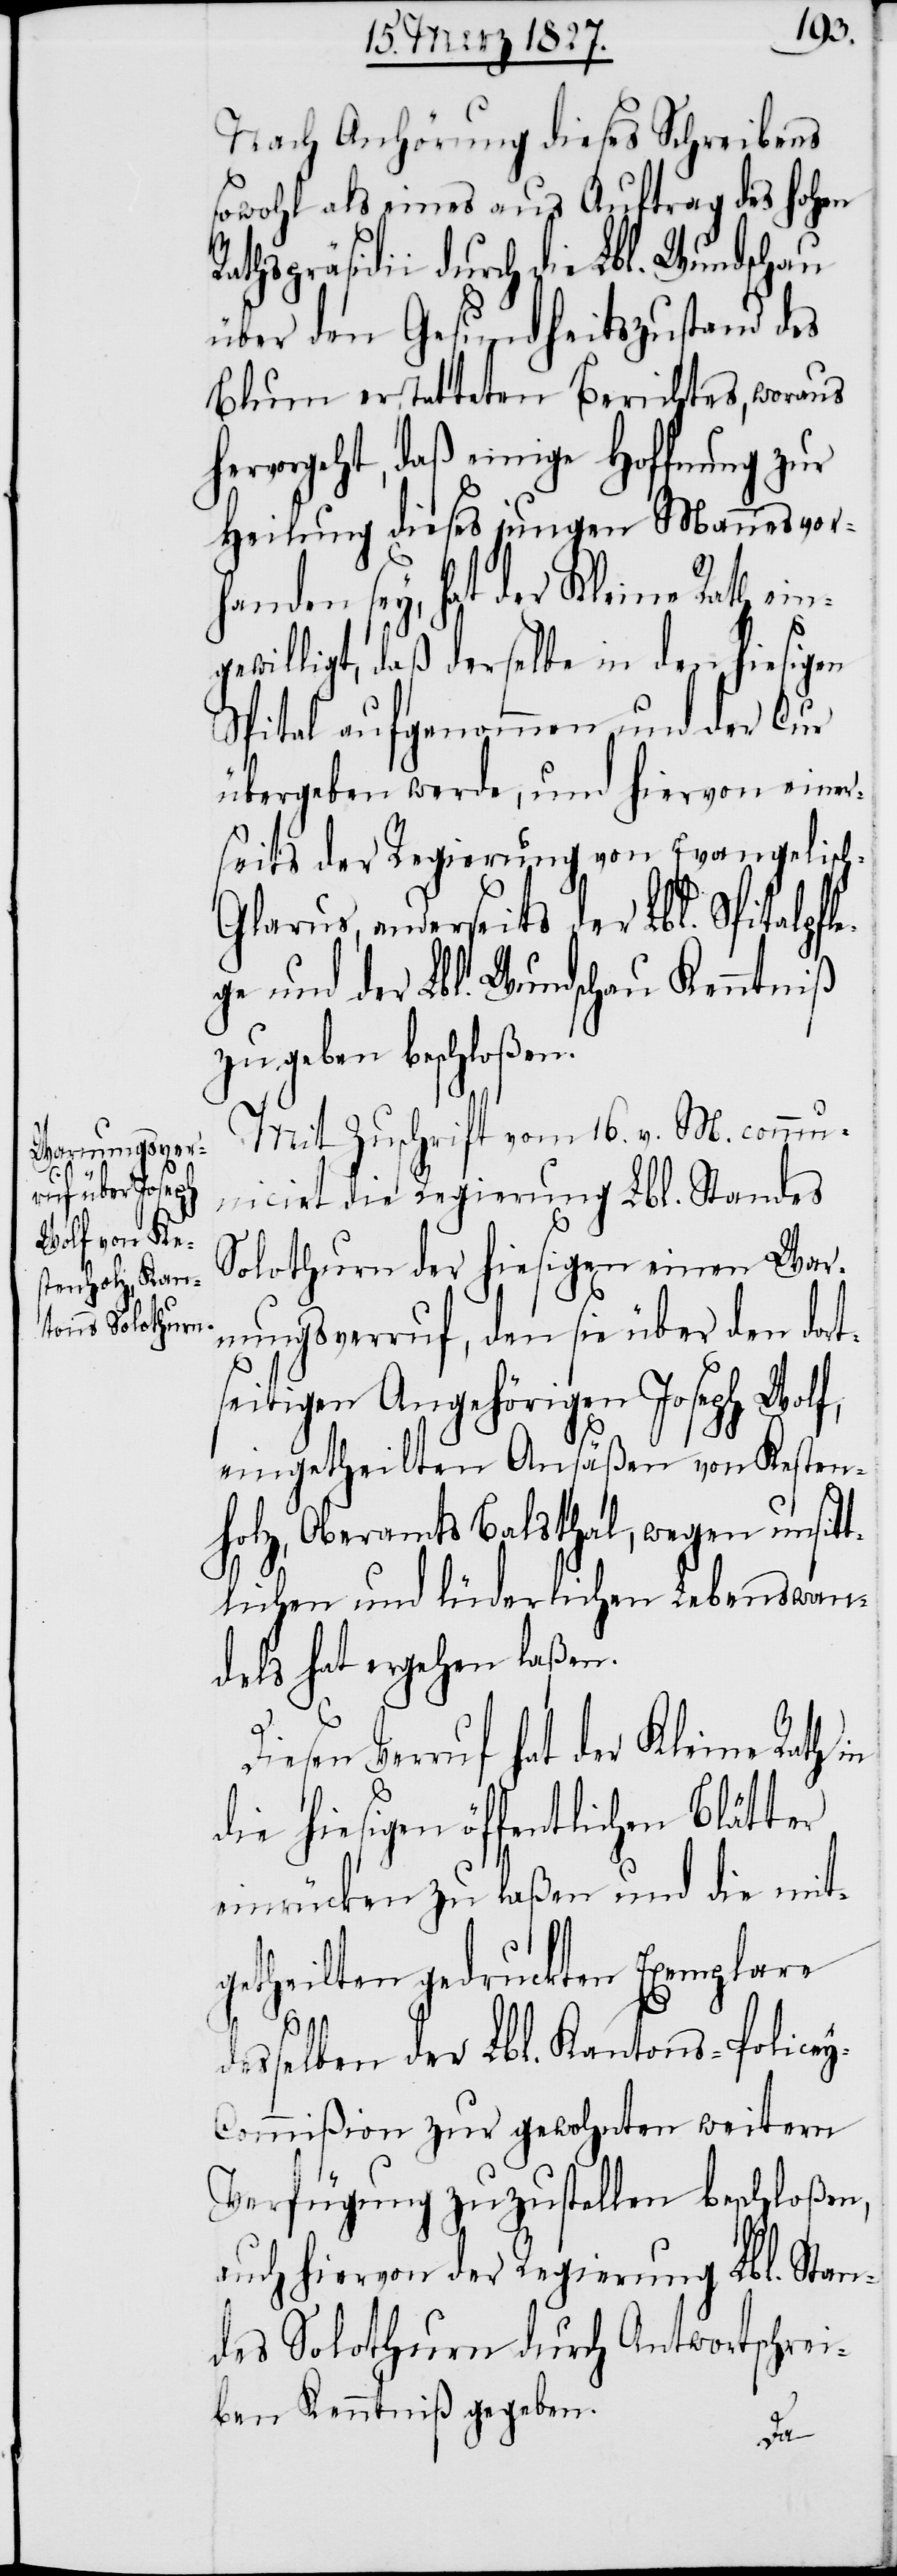
Nach Anhörung dieses Schreibens
sowohl als eines aus Auftrag des hohen
thspräsidii durch die Lbl. Wundschau
über den Gesundheitszustand des
Blum erstatteten Berichtes, woraus
hervorgeht, daß einige Hoffnung zur
Heilung dieses jungen Mannes vor¬
handen sey, hat der Kleine Rath ein¬
gewilligt, daß derselbe in den hiesigen
Spital aufgenommen und der Cur
übergeben werde, und hiervon einer¬
seits der Regierung von Evangelisc¬
h-Glarus, anderseits der Lbl. Spitalpfl¬
ege und der Lbl. Wundschau Kenntniß
zu geben beschloßen.
Mit Zuschrift vom 16. v. M. comm¬
unicirt die Regierung Lbl. Standes
Solothurn der hiesigen einen War¬
nungsverruf, den sie über den dort¬
seitigen Angehörigen Joseph Wolf,
eingetheilten Ansäßen von Kesten¬
holz, Oberamts Balsthal, wegen unsit¬
tlichen und lüderlichen Lebenswan¬
dels hat ergehen laßen.
Diesen Verruf hat der Kleine Rath in
die hiesigen öffentlichen Blätter
einrücken zu laßen und die mit¬
getheilten gedruckten Exemplare
desselben der Lbl. Kantons-Police¬
y-Commißion zur gewohnten weitern
Verfügung zuzustellen beschloßen,
auch hiervon der Regierung Lbl. Stan¬
des Solothurn durch Antwortschrei¬
ben Kenntniß gegeben.
Ra¬